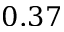
0 . 3 7